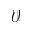
\mathcal { V }